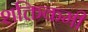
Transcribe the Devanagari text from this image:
शक्तिकमी